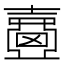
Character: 𡕈